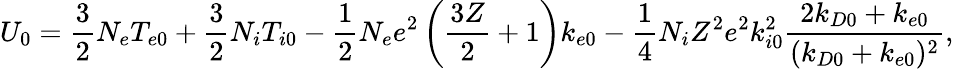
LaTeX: U_{0}=\frac{3}{2}N_{e}T_{e0}+\frac{3}{2}N_{i}T_{i0}-\frac{1}{2}N_{e}e^{2}\left(\frac{3Z}{2}+1\right)k_{e0}-\frac{1}{4}N_{i}Z^{2}e^{2}k_{i0}^{2}\frac{2k_{D0}+k_{e0}}{(k_{D0}+k_{e0})^{2}},